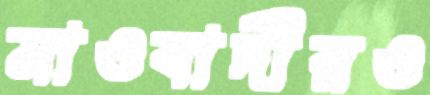
মাওবাদীরও